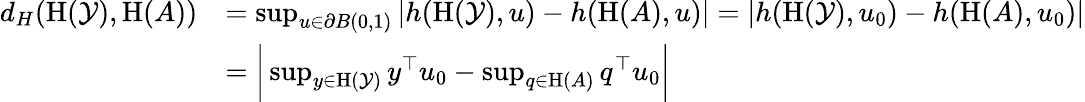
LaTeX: \begin{array}{rl}{d_{H}(\textrm{H}(\mathcal{Y}),\textrm{H}(A))}&{=\operatorname*{sup}_{u\in\partial B(0,1)}|h(\textrm{H}(\mathcal{Y}),u)-h(\textrm{H}(A),u)|=|h(\textrm{H}(\mathcal{Y}),u_{0})-h(\textrm{H}(A),u_{0})|}\\ &{=\bigg|\operatorname*{sup}_{y\in\textrm{H}(\mathcal{Y})}y^{\top}u_{0}-\operatorname*{sup}_{q\in\textrm{H}(A)}q^{\top}u_{0}\bigg|}\end{array}